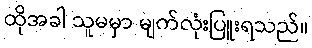
ထိုအခါ သူမမှာ မျက်လုံးပြူးရသည်။